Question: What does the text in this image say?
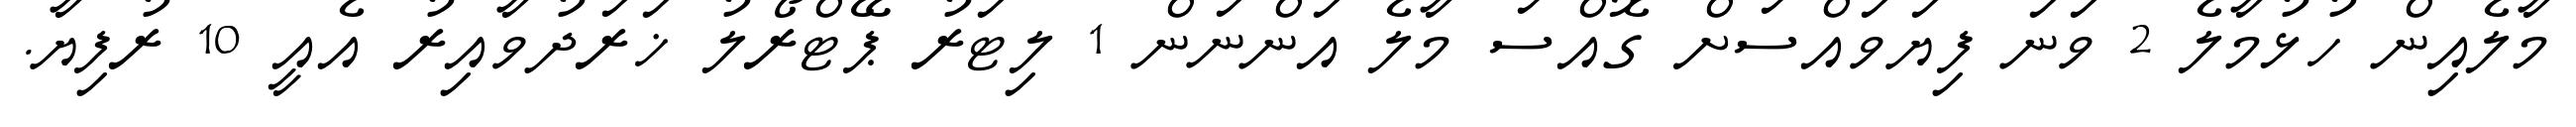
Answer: މާލެއިން ހުޅުމާލެ 2 ވަނަ ފިޔަވައްސަށް ގޮއްސަ މާލެ އަންނަން 1 ލިޓަރު ޕޭޓްރޯލު ޚަރަދުވާއިރު އެއީ 10 ރުފިޔާ.